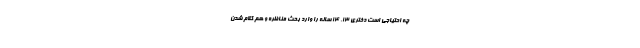
چه احتیاجی است دختری 13، 14 ساله را وارد بحث مناظره و هم کلام شدن